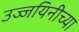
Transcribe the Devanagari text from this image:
उज्जयिनीच्या